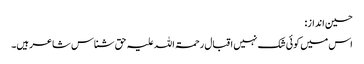
حسین انداز:
اس میں کوئی شک نہیں اقبال رحمۃ اللہ علیہ حق شناس شاعر ہیں۔